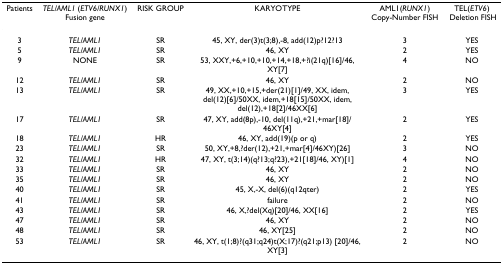
| Patients | TEL/AML1 (ETV6/RUNX1) Fusion gene | RISK GROUP | KARYOTYPE | AML1(RUNX1) Copy-Number FISH | TEL(ETV6) Deletion FISH |
 | --- | --- | --- | --- | --- | --- |
 | 3 | TEL/AML1 | SR | 45, XY, der(3)t(3;8),-8, add(12)p?12?13 | 3 | YES |
 | 5 | TEL/AML1 | SR | 46, XY | 2 | YES |
 | 9 | NONE | SR | 53, XXY,+6,+10,+10,+14,+18,+?i(21q)[16]/46, XY[7] | 4 | NO |
 | 12 | TEL/AML1 | SR | 46, XY | 2 | NO |
 | 13 | TEL/AML1 | SR | 49, XX,+10,+15,+der(21)[1]/49, XX, idem, del(12)[6]/50XX, idem,+18[15]/50XX, idem, del(12),+18[2]/46XX[6] | 3 | YES |
 | 17 | TEL/AML1 | SR | 47, XY, add(8p),-10, del(11q),+21,+mar[18]/46XY[4] | 2 | YES |
 | 18 | TEL/AML1 | HR | 46, XY, add(19)(p or q) | 2 | YES |
 | 23 | TEL/AML1 | SR | 50, XY,+8,?der(12),+21,+mar[4]/46XY)[26] | 3 | NO |
 | 32 | TEL/AML1 | HR | 47, XY, t(3;14)(q?13;q?23),+21[18]/46, XY)[1] | 4 | NO |
 | 33 | TEL/AML1 | SR | 46, XY | 2 | NO |
 | 35 | TEL/AML1 | SR | 46, XY | 2 | NO |
 | 40 | TEL/AML1 | SR | 45, X,-X, del(6)(q12qter) | 2 | YES |
 | 41 | TEL/AML1 | SR | failure | 2 | NO |
 | 43 | TEL/AML1 | SR | 46, X,?del(Xq)[20]/46, XX[16] | 2 | YES |
 | 47 | TEL/AML1 | SR | 46, XY | 2 | NO |
 | 48 | TEL/AML1 | SR | 46, XY[25] | 2 | NO |
 | 53 | TEL/AML1 | SR | 46, XY, t(1;8)?(q31;q24)t(X;17)?(q21;p13) [20]/46, XY[3] | 2 | NO |